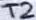
Text: T2